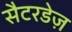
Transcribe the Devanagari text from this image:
सैटरडेज़